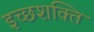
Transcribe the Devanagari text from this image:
इच्छशक्ति